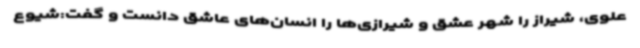
علوی، شیراز را شهر عشق و شیرازی‌ها را انسان‌های عاشق دانست و گفت:شیوع